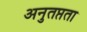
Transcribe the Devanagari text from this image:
अनुतप्तता